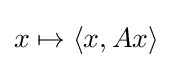
{\textstyle x\mapsto \langle x,Ax\rangle }